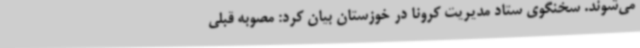
می‌شوند. سخنگوی ستاد مدیریت کرونا در خوزستان بیان کرد: مصوبه قبلی